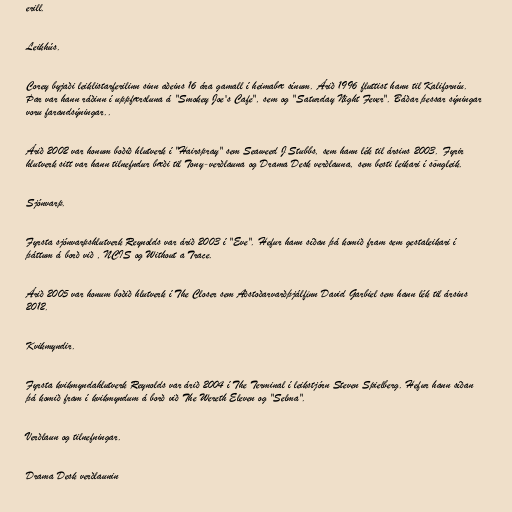
erill.

Leikhús.

Corey byjaði leiklistarferilinn sinn aðeins 16 ára gamall í heimabæ sínum. Árið 1996 fluttist hann til Kaliforníu.
Þar var hann ráðinn í uppfærsluna á "Smokey Joe's Cafe", sem og "Saturday Night Fever". Báðar þessar sýningar
voru farandsýningar..

Árið 2002 var honum boðið hlutverk í "Hairspray" sem Seaweed J Stubbs, sem hann lék til ársins 2003. Fyrir
hlutverk sitt var hann tilnefndur bæði til Tony-verðlauna og Drama Desk verðlauna, sem besti leikari í söngleik.

Sjónvarp.

Fyrsta sjónvarpshlutverk Reynolds var árið 2003 í "Eve". Hefur hann síðan þá komið fram sem gestaleikari í
þáttum á borð við , NCIS og Without a Trace.

Árið 2005 var honum boðið hlutverk í The Closer sem Aðstoðarvarðþjálfinn David Garbiel sem hann lék til ársins
2012.

Kvikmyndir.

Fyrsta kvikmyndahlutverk Reynolds var árið 2004 í The Terminal í leikstjórn Steven Spielberg. Hefur hann síðan
þá komið fram í kvikmyndum á borð við The Wereth Eleven og "Selma".

Verðlaun og tilnefningar.

Drama Desk verðlaunin